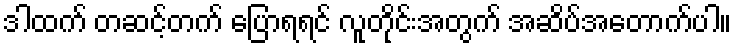
ဒါထက် တဆင့်တက် ပြောရရင် လူတိုင်းအတွက် အဆိပ်အတောက်ပါ။